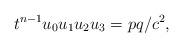
LaTeX: \begin{gather*}t^{n-1}u_0u_1u_2u_3 = pq/c^2,\end{gather*}